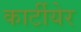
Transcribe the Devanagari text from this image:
कार्टीयेर